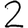
Digit: 2